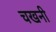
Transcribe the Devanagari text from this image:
चखनी